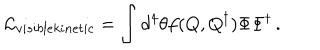
{ \cal L } _ { v i s i b l e k i n e t i c } = \int d ^ { 4 } \theta f ( Q , Q ^ { \dagger } ) \Phi \Phi ^ { \dagger } \, .